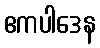
ဧကပါဒေန